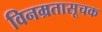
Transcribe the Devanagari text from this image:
विनम्रतासूचक